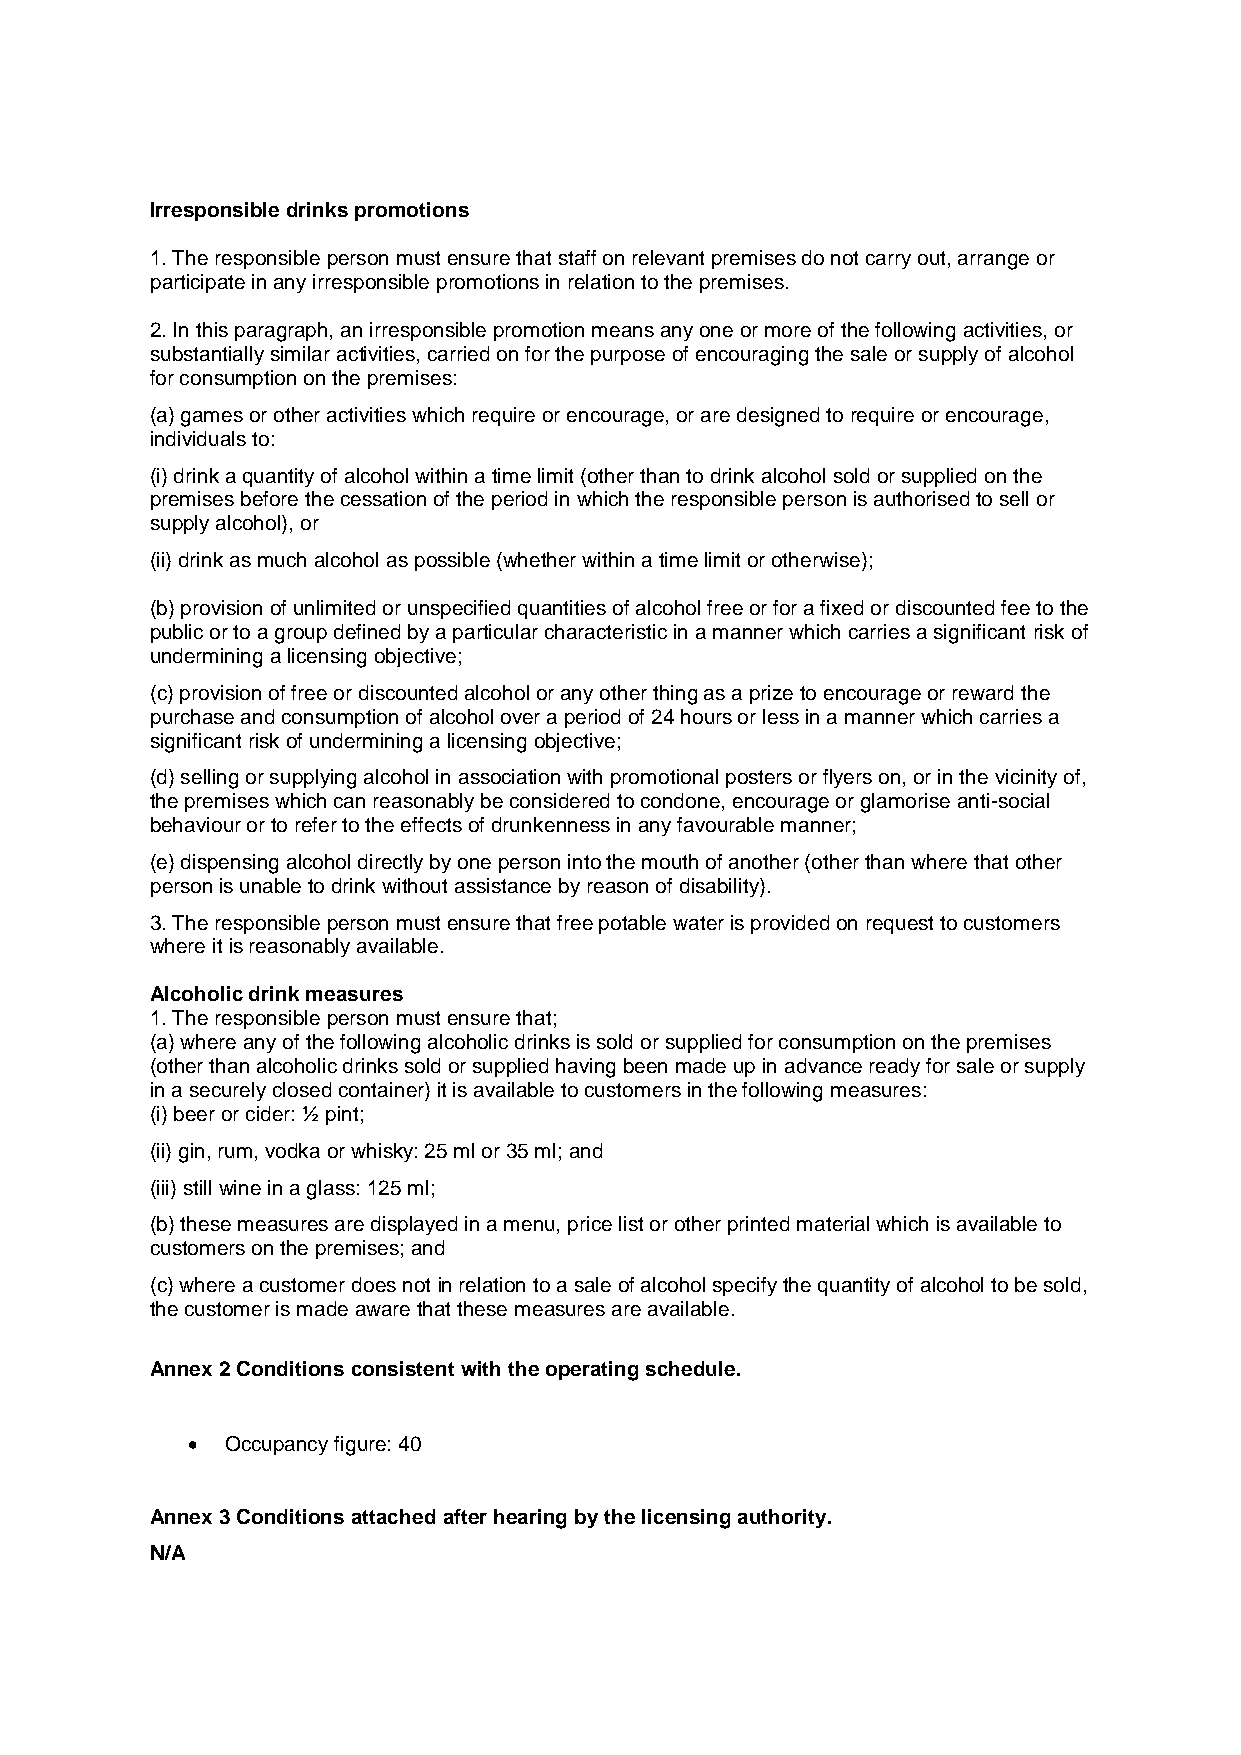
Irresponsible drinks promotions
 1. The responsible person must ensure that staff on relevant premises do not carry out, arrange or
 participate in any irresponsible promotions in relation to the premises.
 2. In this paragraph, an irresponsible promotion means any one or more of the following activities, or
 substantially similar activities, carried on for the purpose of encouraging the sale or supply of alcohol
 for consumption on the premises:
 (a) games or other activities which require or encourage, or are designed to require or encourage,
 individuals to:
 (i) drink a quantity of alcohol within a time limit (other than to drink alcohol sold or supplied on the
 premises before the cessation of the period in which the responsible person is authorised to sell or
 supply alcohol), or
 (ii) drink as much alcohol as possible (whether within a time limit or otherwise);
 (b) provision of unlimited or unspecified quantities of alcohol free or for a fixed or discounted fee to the
 public or to a group defined by a particular characteristic in a manner which carries a significant risk of
 undermining a licensing objective;
 (c) provision of free or discounted alcohol or any other thing as a prize to encourage or reward the
 purchase and consumption of alcohol over a period of 24 hours or less in a manner which carries a
 significant risk of undermining a licensing objective;
 (d) selling or supplying alcohol in association with promotional posters or flyers on, or in the vicinity of,
 the premises which can reasonably be considered to condone, encourage or glamorise anti-social
 behaviour or to refer to the effects of drunkenness in any favourable manner;
 (e) dispensing alcohol directly by one person into the mouth of another (other than where that other
 person is unable to drink without assistance by reason of disability).
 3. The responsible person must ensure that free potable water is provided on request to customers
 where it is reasonably available.
 Alcoholic drink measures
 1. The responsible person must ensure that;
 (a) where any of the following alcoholic drinks is sold or supplied for consumption on the premises
 (other than alcoholic drinks sold or supplied having been made up in advance ready for sale or supply
 in a securely closed container) it is available to customers in the following measures:
 (i) beer or cider: ½ pint;
 (ii) gin, rum, vodka or whisky: 25 ml or 35 ml; and
 (iii) still wine in a glass: 125 ml;
 (b) these measures are displayed in a menu, price list or other printed material which is available to
 customers on the premises; and
 (c) where a customer does not in relation to a sale of alcohol specify the quantity of alcohol to be sold,
 the customer is made aware that these measures are available.
 Annex 2 Conditions consistent with the operating schedule.
   Occupancy figure: 40
 Annex 3 Conditions attached after hearing by the licensing authority.
 N/A